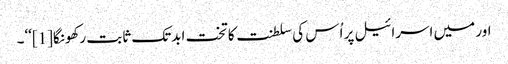
اور میں اسرائیل پر اُس کی سلطنت کا تخت ابدتک ثابت رکھونگا[1]‘‘۔